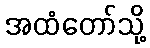
အထံတော်သို့